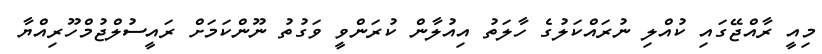
މިއީ ރާއްޖޭގައި ކުއްލި ނުރައްކަލުގެ ހާލަތު އިއުލާން ކުރަންވީ ވަގުތު ނޫންކަމަށް ރައީސުލްޖުމްހޫރިއްޔާ